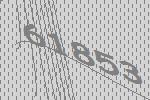
61853